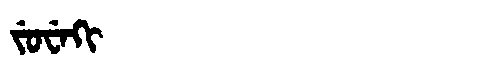
Manchu: ᠵᡠᠸᡝᡴᡳ
Romanization: JUWEKI